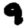
Digit: 9